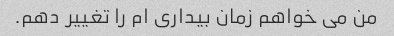
من می خواهم زمان بیداری ام را تغییر دهم.